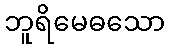
ဘူရိမေဓသော